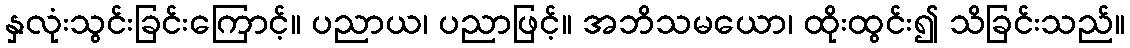
နှလုံးသွင်းခြင်းကြောင့်။ ပညာယ၊ ပညာဖြင့်။ အဘိသမယော၊ ထိုးထွင်း၍ သိခြင်းသည်။